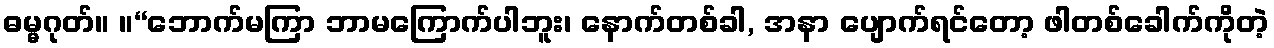
ဓမ္မဂုတ်။ ။“ဘောက်မကြာ ဘာမကြောက်ပါဘူး၊ နောက်တစ်ခါ, အနာ ပျောက်ရင်တော့ ဖါတစ်ခေါက်ကိုတဲ့